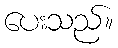
ပေးသည်။